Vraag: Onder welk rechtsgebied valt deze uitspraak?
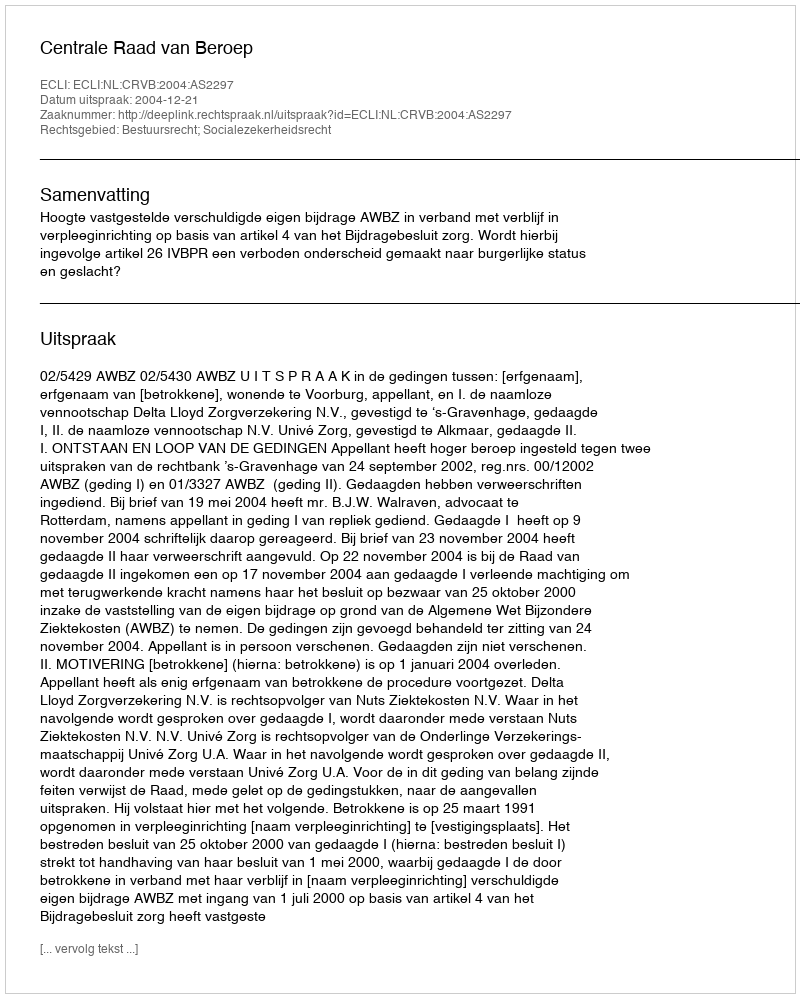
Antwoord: Bestuursrecht; Socialezekerheidsrecht